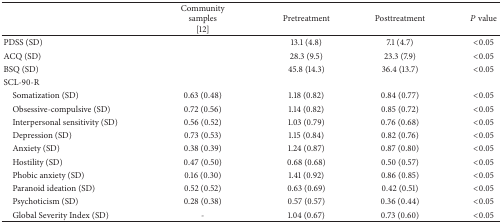
<table><thead><tr><td><b> </b></td><td><b>Communitysamples [12]</b></td><td><b>Pretreatment</b></td><td><b>Posttreatment</b></td><td><b><i>P</i> value</b></td></tr></thead><tbody><tr><td>PDSS (SD)</td><td> </td><td>13.1 (4.8)</td><td>7.1 (4.7)</td><td>&lt;0.05</td></tr><tr><td>ACQ (SD)</td><td> </td><td>28.3 (9.5)</td><td>23.3 (7.9)</td><td>&lt;0.05</td></tr><tr><td>BSQ (SD)</td><td> </td><td>45.8 (14.3)</td><td>36.4 (13.7)</td><td>&lt;0.05</td></tr><tr><td>SCL-90-R</td><td> </td><td> </td><td> </td><td> </td></tr><tr><td> Somatization (SD)</td><td>0.63 (0.48)</td><td>1.18 (0.82)</td><td>0.84 (0.77)</td><td>&lt;0.05</td></tr><tr><td> Obsessive-compulsive (SD)</td><td>0.72 (0.56)</td><td>1.14 (0.82)</td><td>0.85 (0.72)</td><td>&lt;0.05</td></tr><tr><td> Interpersonal sensitivity (SD)</td><td>0.56 (0.52)</td><td>1.03 (0.79)</td><td>0.76 (0.68)</td><td>&lt;0.05</td></tr><tr><td> Depression (SD)</td><td>0.73 (0.53)</td><td>1.15 (0.84)</td><td>0.82 (0.76)</td><td>&lt;0.05</td></tr><tr><td> Anxiety (SD)</td><td>0.38 (0.39)</td><td>1.24 (0.87)</td><td>0.87 (0.80)</td><td>&lt;0.05</td></tr><tr><td> Hostility (SD)</td><td>0.47 (0.50)</td><td>0.68 (0.68)</td><td>0.50 (0.57)</td><td>&lt;0.05</td></tr><tr><td> Phobic anxiety (SD)</td><td>0.16 (0.30)</td><td>1.41 (0.92)</td><td>0.86 (0.85)</td><td>&lt;0.05</td></tr><tr><td> Paranoid ideation (SD)</td><td>0.52 (0.52)</td><td>0.63 (0.69)</td><td>0.42 (0.51)</td><td>&lt;0.05</td></tr><tr><td> Psychoticism (SD)</td><td>0.28 (0.38)</td><td>0.57 (0.57)</td><td>0.36 (0.44)</td><td>&lt;0.05</td></tr><tr><td> Global Severity Index (SD)</td><td>-</td><td>1.04 (0.67)</td><td>0.73 (0.60)</td><td>&lt;0.05</td></tr></tbody></table>